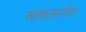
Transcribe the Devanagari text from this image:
खाद्यान्नातील